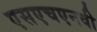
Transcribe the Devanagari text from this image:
एसएचएनवी